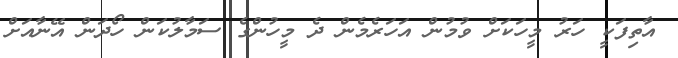
އާތިފަކީ ހަރު މީހަކަށް ވުުމުން އަހަރެމެން ދެ މީހުންގެ ސަމާލުކަން ހޯދަން އޭނާއަށް